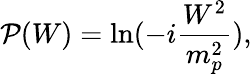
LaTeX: {\cal P}(W)=\ln(-i\frac{W^{2}}{m_{p}^{2}}),